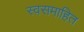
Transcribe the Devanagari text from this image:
स्वसमाहित